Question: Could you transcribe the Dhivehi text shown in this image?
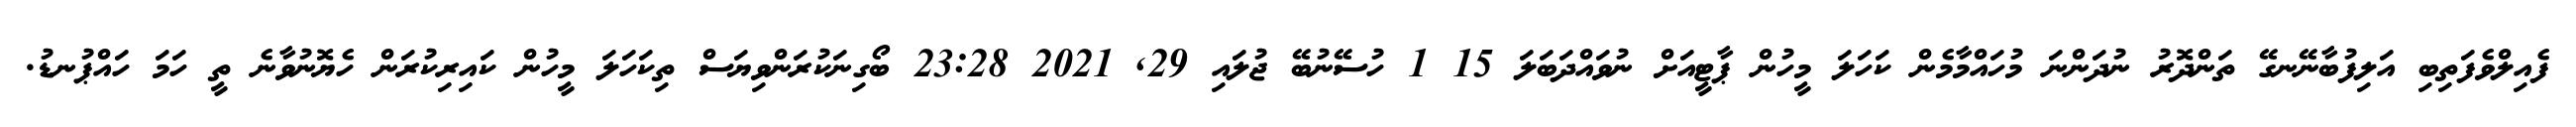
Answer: ފެއިލްވެފަތިބި އަލިފުބާނޭނގޭ ތަންދޮރު ނުދަންނަ މުހައްމާމެން ކަހަލަ މީހުން ޕާޓީއަށް ނުވައްދަބަލަ 15 1 ހުސޭނުބޭ ޖުލައި 29, 2021 23:28 ބޯގިނަކުރަންވިޔަސް ތިކަހަލަ މީހުން ކައިރިކުރަން ހެޔޮނުވާނެ ތީ ހަމަ ހައްޕުނޑު.